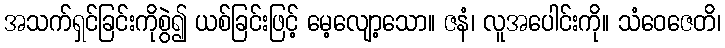
အသက်ရှင်ခြင်းကိုစွဲ၍ ယစ်ခြင်းဖြင့် မေ့လျော့သော။ ဇနံ၊ လူအပေါင်းကို။ သံဝေဇေတိ၊